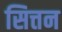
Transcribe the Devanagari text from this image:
सित्तन